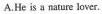
A.He is s nature lover.